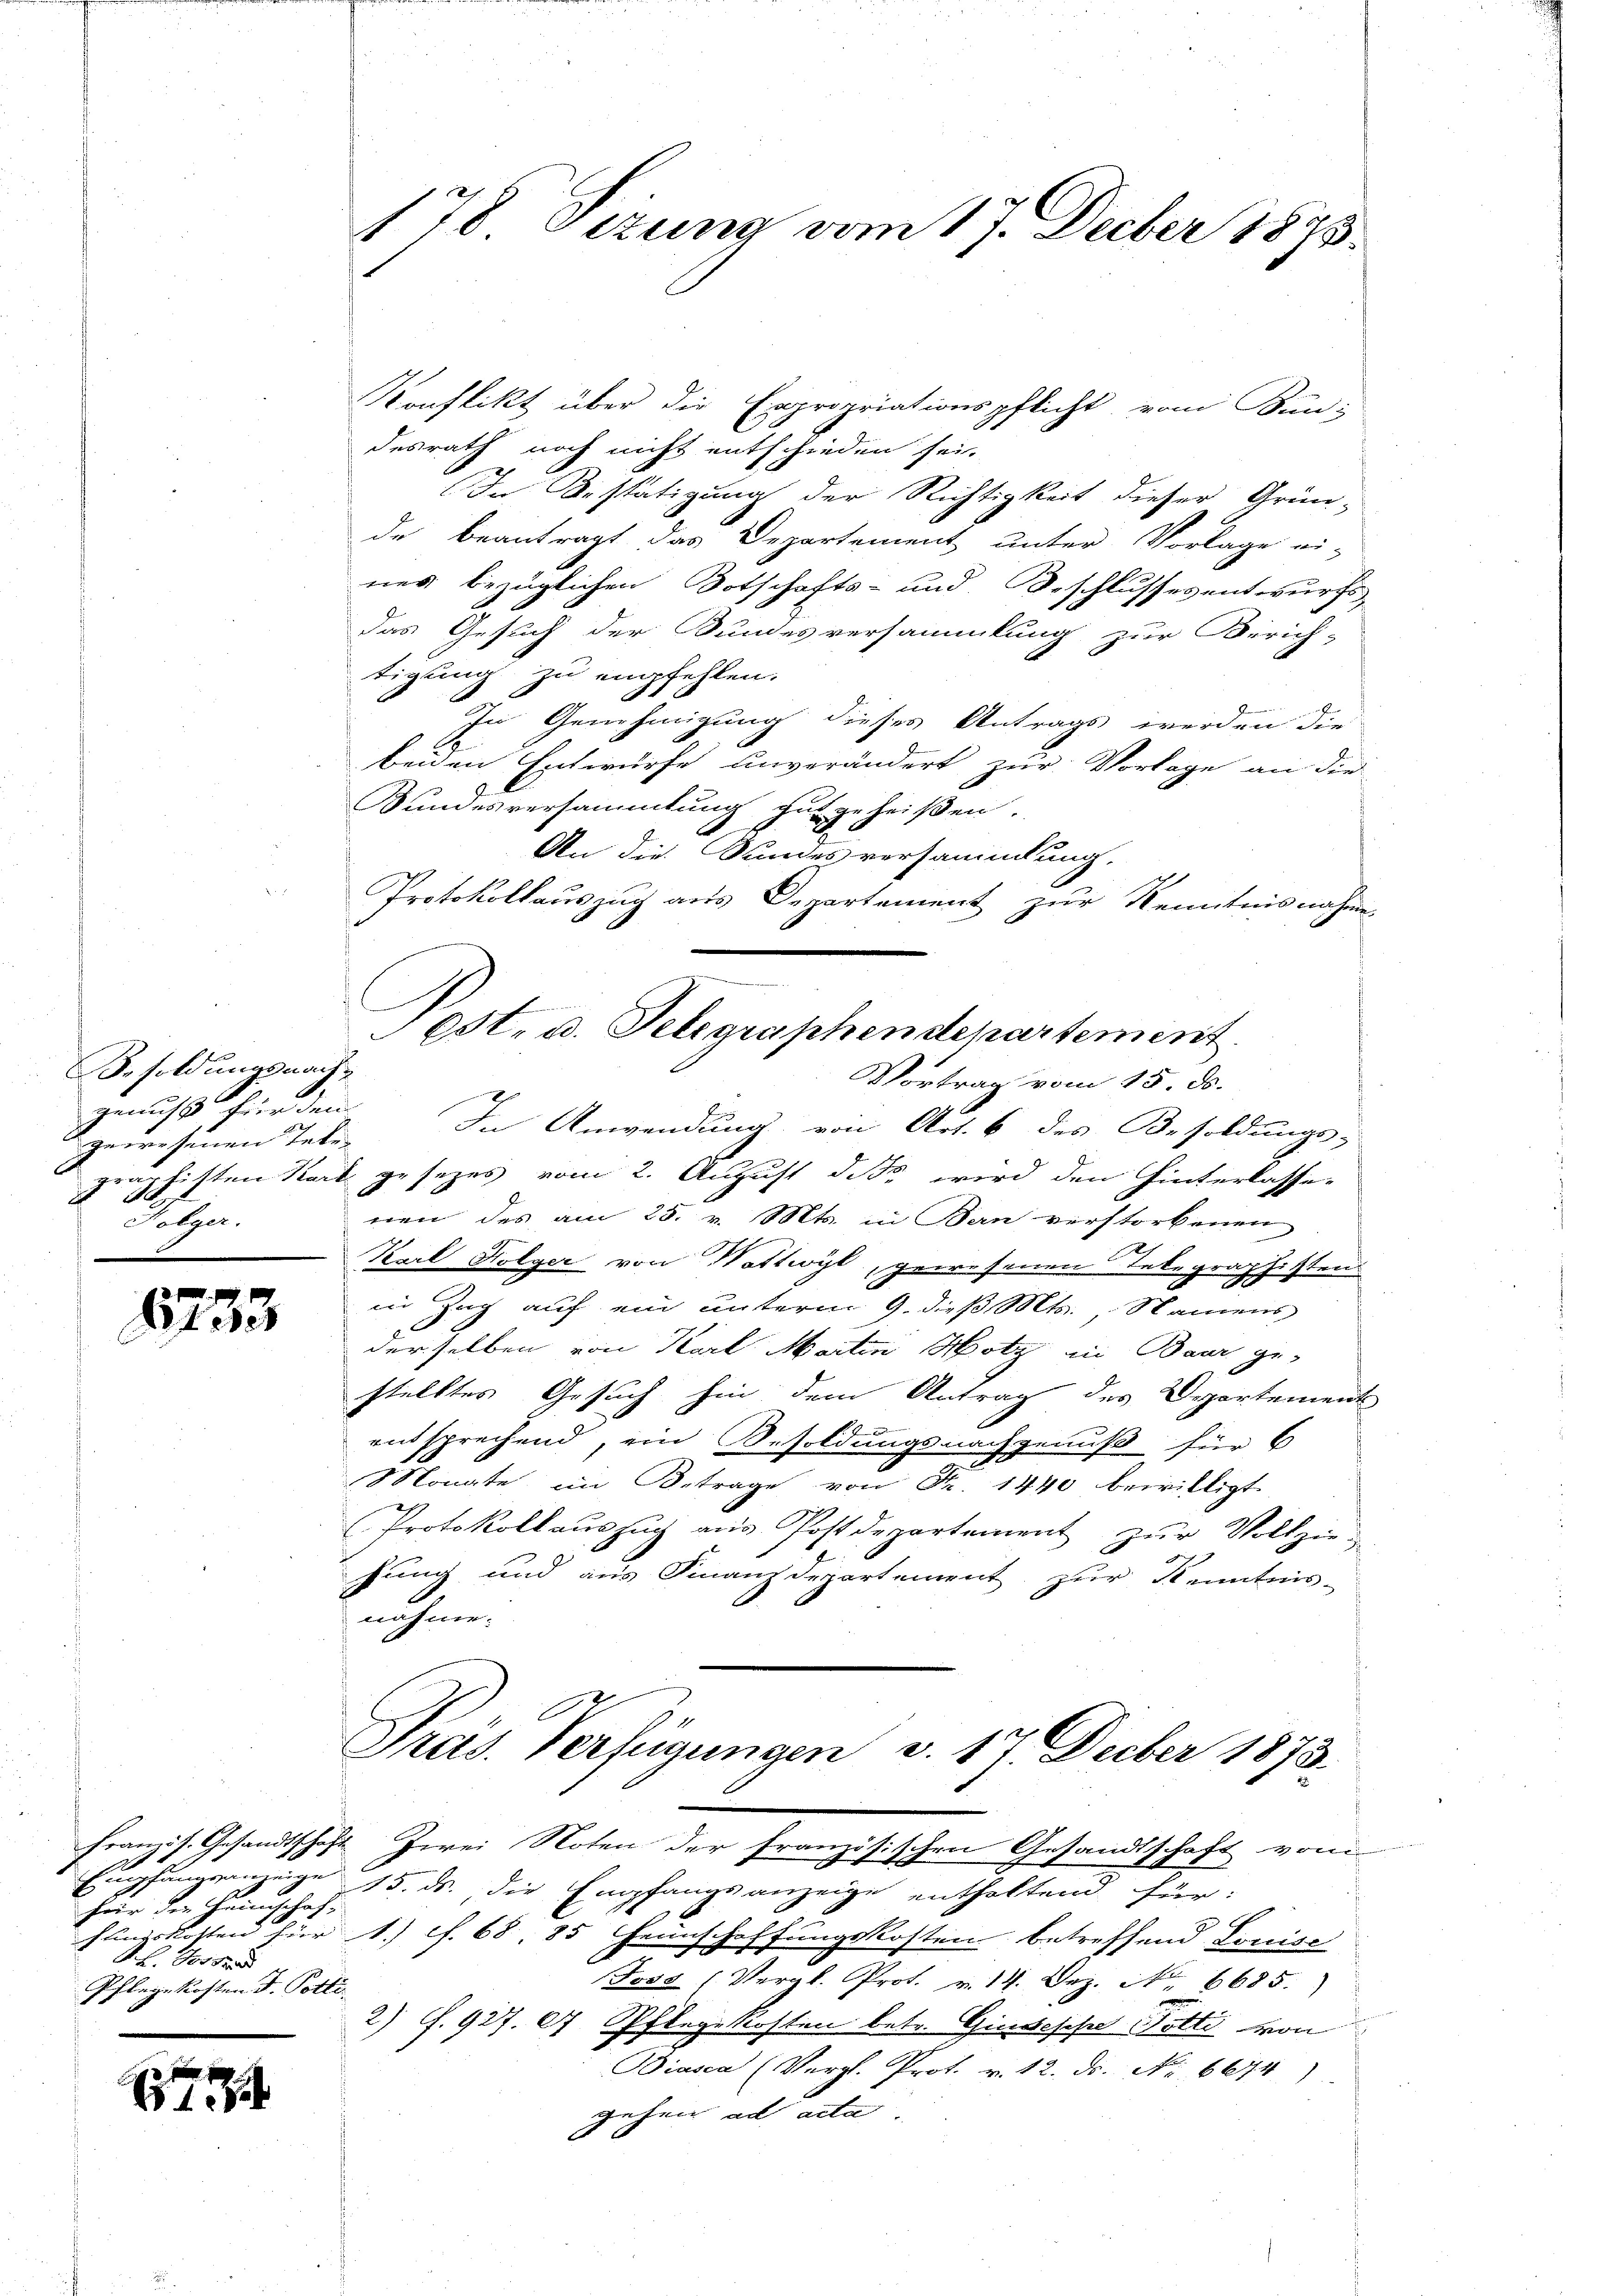
Besoldungsnach
genuss für den
gewesenen Tele-
Folger.

1733

Für die Heimschaf
hlingskosten hier |
9 f. Dr.
Pflage kosten d. Potti

1

178 Tizung vom 17. Decber 1875.

Konflikt über die Expropriationspflicht, vom Bundesrath noch nicht entschieden sei.
In Bestätigung der Richtigkeit dieser Grün-
de beantragt das Departement unter Vorlage ei-
nes bezüglichen Botschafts- und Beschlussesentwurfs,
das Gesuch der Bundesversammlung zur Zürich-
tigung zu empfehlen.
In Genehmigung dieses Antrags werden die
beiden Entwurfe unverändert zur Vorlage an die
Bundesversammlung gutgeheißen.
An die Sundesversammlung.
Protokollauszug aus Departement zur Kenntnisnahme,
est. d. Telegraphendepartement.
Vortrag vom 15. ds.
In Anwendung von Art. 6 des Besoldungs-
graphisten Stark gesezes vom 2. August d.d. wird den Hinterlasse-
nen des am 25. v. Mts. in Ban verstorbenen
Karl Folger von Wattwyl, gewesenen Telegraphisten
in Zug auf ein unterm 9. dieß Mts. Namens
derselben von Karl Martin Hotz in Baur ge-
stelltes Gesuch hin dem Antrag des Departement
.
entsprechend, ein Besoldungsnachgenuß für 6
Monate im Betrage von Fr. 1440 bewilligt.
Protokollauszug aus Postdepartement zur Vollziehung und aus Finanzdepartement zur Kenntnis-
nahme.

Präs. Verfügungen v. 17. Decber 1873.
Franzis. Gesandtschaft Zwei Noten der Französischen Gesandtschaft vom

Empfangsanzeige 15. ds. die Empfangsanzeige enthaltend für:
2
1. f. 68. 85 einschaffungskosten betreffend Louise
Joss (Vergl. Prot. v. 14. Dez. No. 6685.
2) S. 927. 1 Pflegekosten betr. Giudesche Potti von
Biasca (Vergl. Prot. v. 12. ds. No 6674)
gehen ad acta.